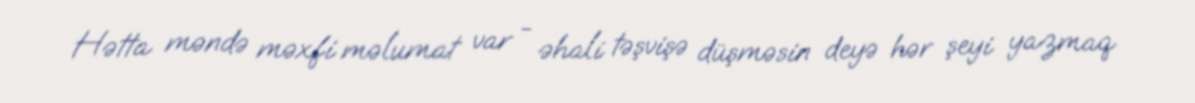
Hətta məndə məxfi məlumat var - əhali təşvişə düşməsin deyə hər şeyi yazmaq